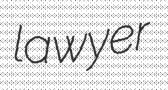
lawyer